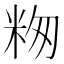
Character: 𬖕